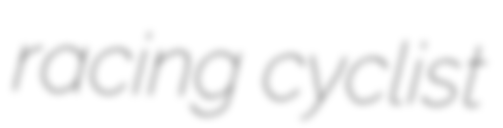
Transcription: racing cyclist